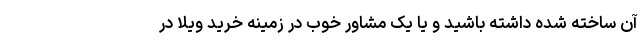
آن ساخته شده داشته باشید و یا یک مشاور خوب در زمینه خرید ویلا در